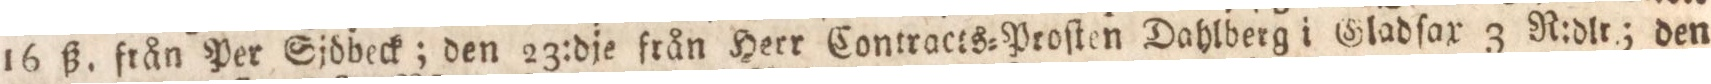
16 ß. från Per Sjdbeck; den 23:dje från Herr Contracts=Proſten Dahlberg i Gladſax 3 R:dlr; den